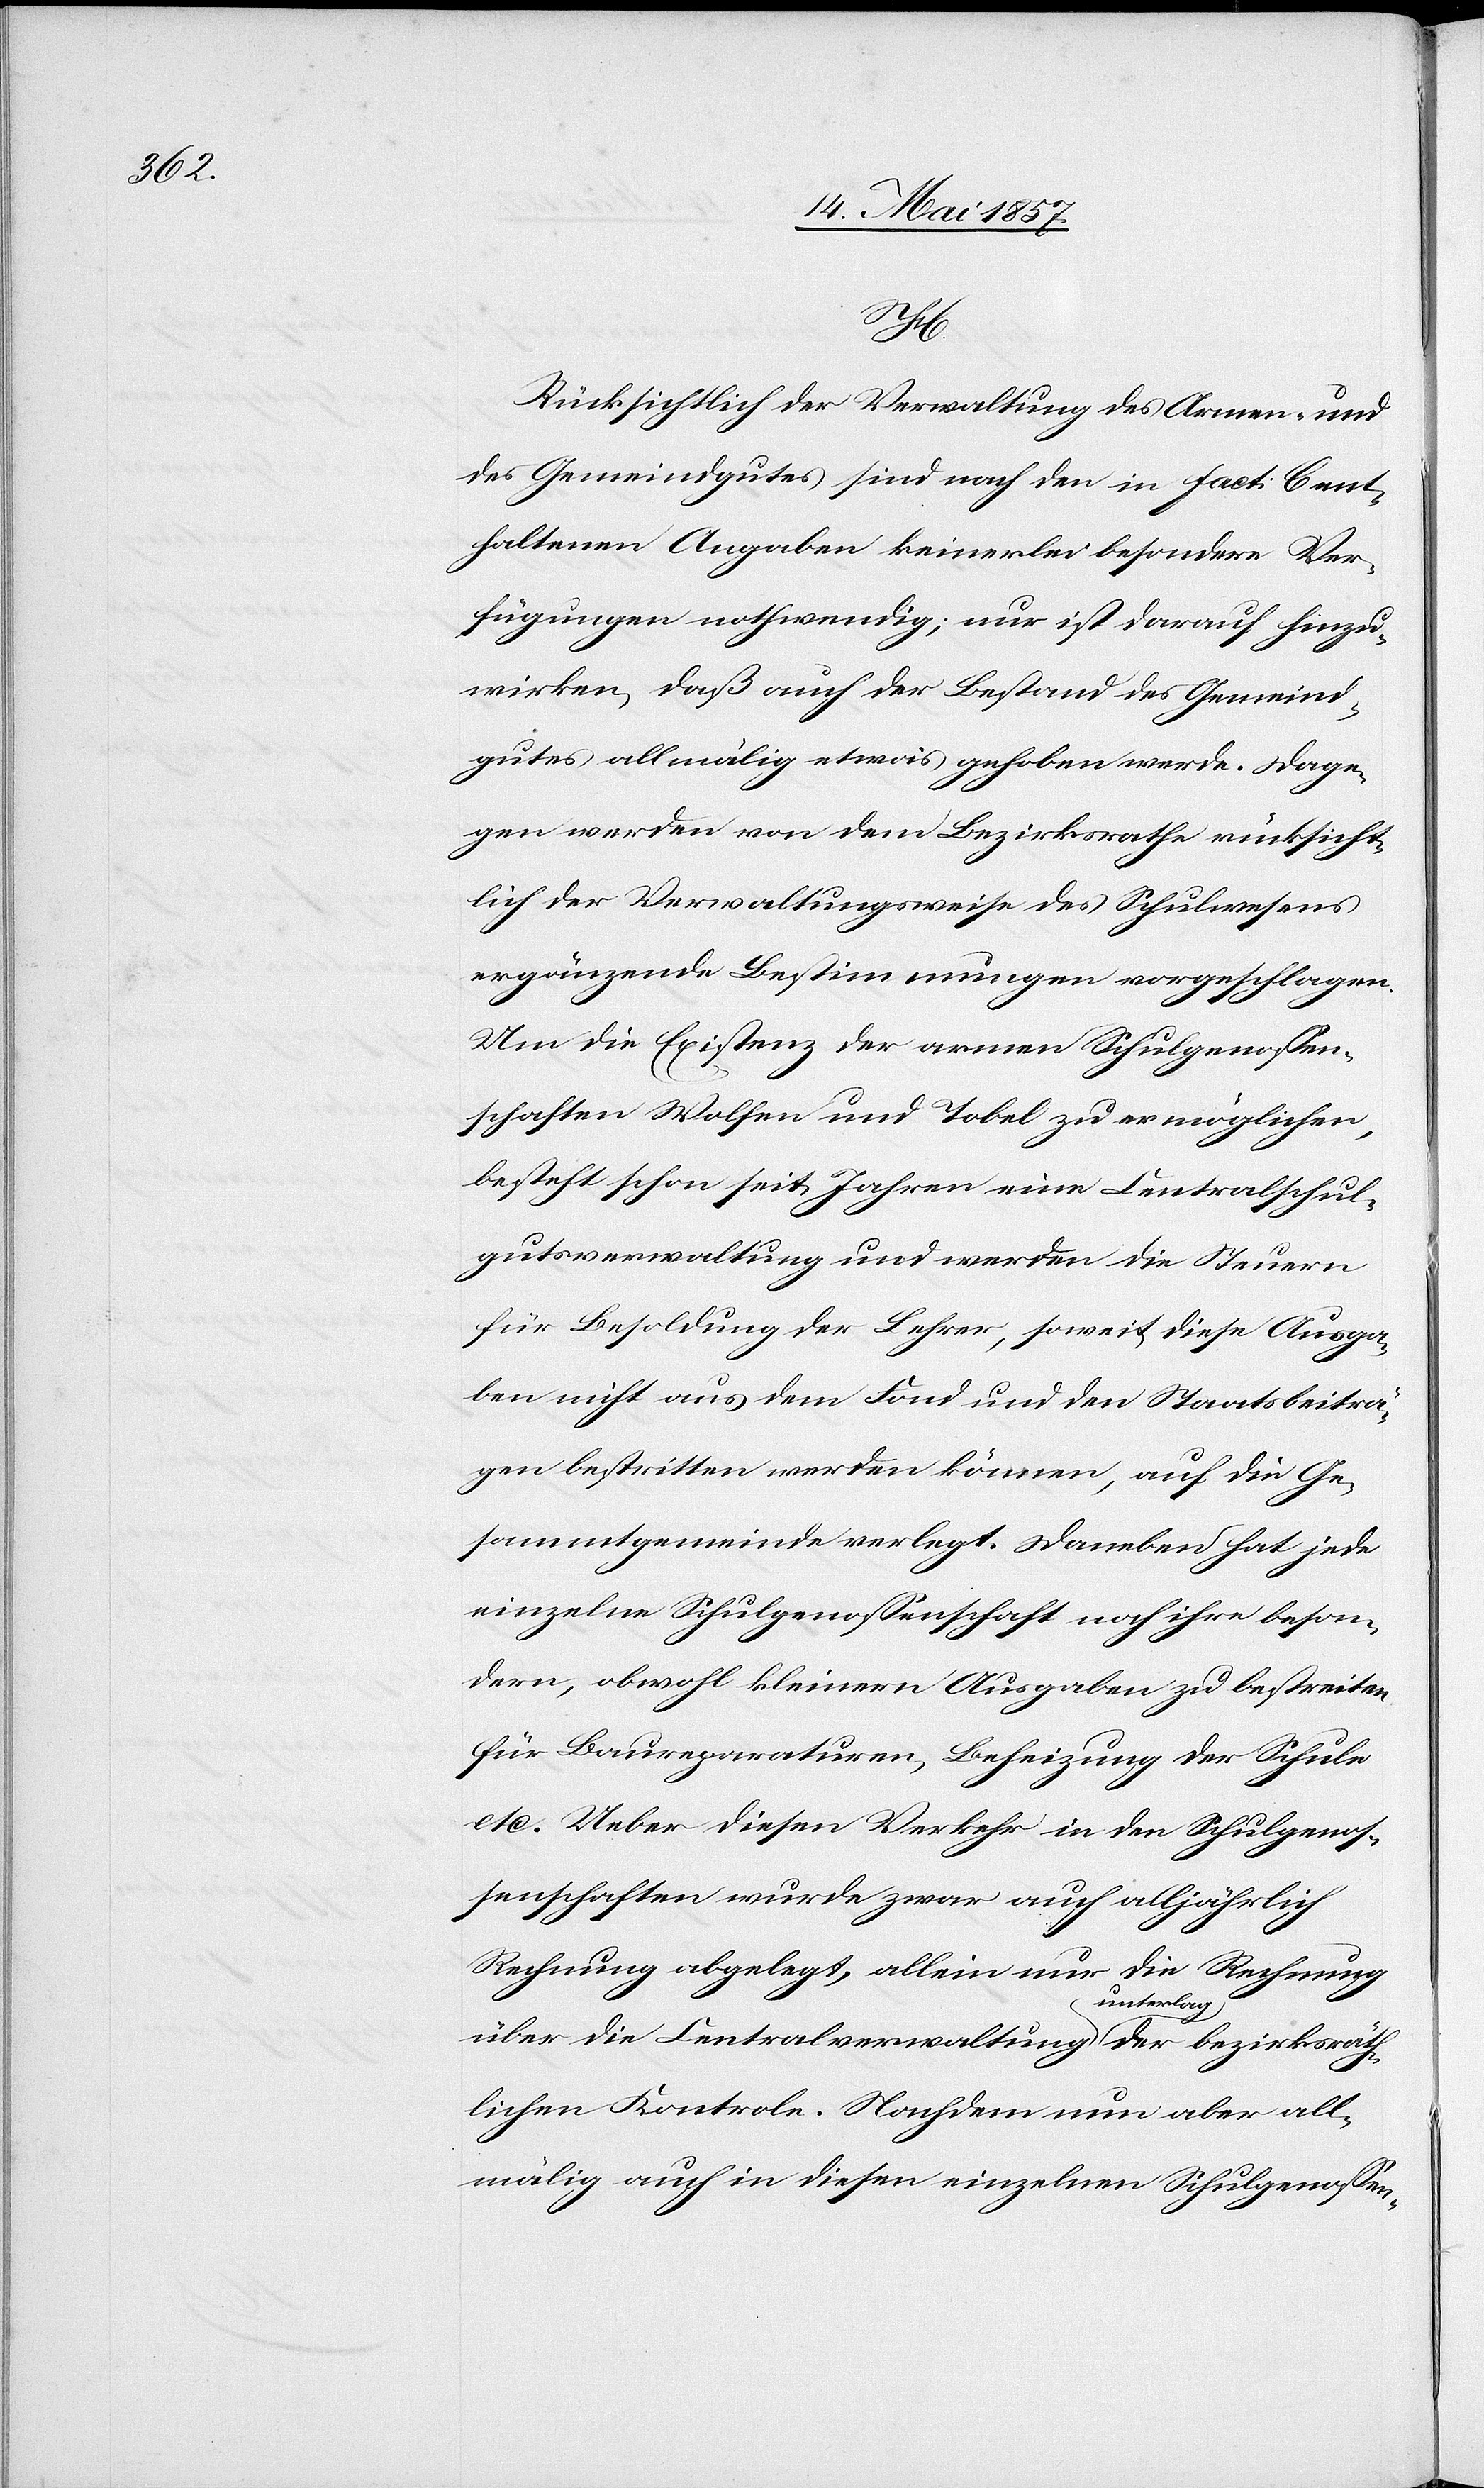
H.

Rücksichtlich der Verwaltung des Armen- und
des Gemeindgutes sind nach den in Fact: C ent¬
haltenen Angaben keinerlei besondere Ver¬
fügungen nothwendig; nur ist darauf hinzu¬
wirken, daß auch der Bestand des Gemeind¬
gutes allmälig etwas gehoben werde. Dage¬
gen werden von dem Bezirksrathe rücksicht¬
lich der Verwaltungsweise des Schulwesens
ergänzende Bestimmungen vorgeschlagen.
Um die Existenz der armen Schulgenossen¬
schaften Wohlen und Tobel zu ermöglichen,
besteht schon seit Jahren eine Centralschul¬
gutsverwaltung und werden die Steuern
für Besoldung der Lehrer, soweit diese Ausga¬
ben nicht aus dem Fond und den Staatsbeitä¬
gen bestritten werden können, auf die Ge¬
sammtgemeinde verlegt. Daneben hat jede
einzelne Schulgenossenschaft noch ihre beson¬
dern, obwohl kleinern Ausgaben zu bestreiten
für Baureparaturen, Beheizung der Schule
etc. Ueber diesen Verkehr in den Schulgenos¬
senschaften wurde zwar auch alljährlich
Rechnung abgelegt, allein nur die Rechnung
über die Centralverwaltung unterlag der bezirksräth¬
lichen Kontrole. Nachdem nun aber all¬
mällig auch in diesen einzelnen Schulgenossen-